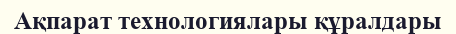
Ақпарат технологиялары құралдары